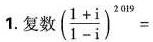
1.复数 $$( \frac { 1 + i } { 1 - i } ) ^ { 2 0 1 9 } =$$